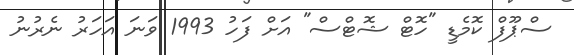
ސްޕޫފް ކޮމެޑީ "ހޮޓް ޝޮޓްސް" އަށް ފަހު 1993 ވަނަ އަހަރު ނެރުނު